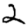
Digit: 2